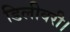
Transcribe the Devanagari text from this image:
डिलीवरी।